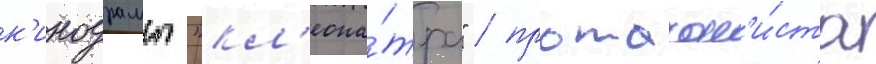
к'инодрамы "кл'еопа́тра" / протагон'и́ста